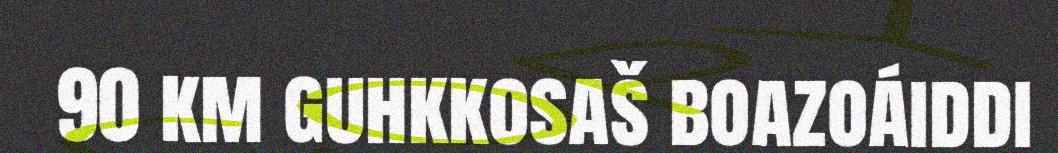
90 km guhkkosaš boazoáiddi